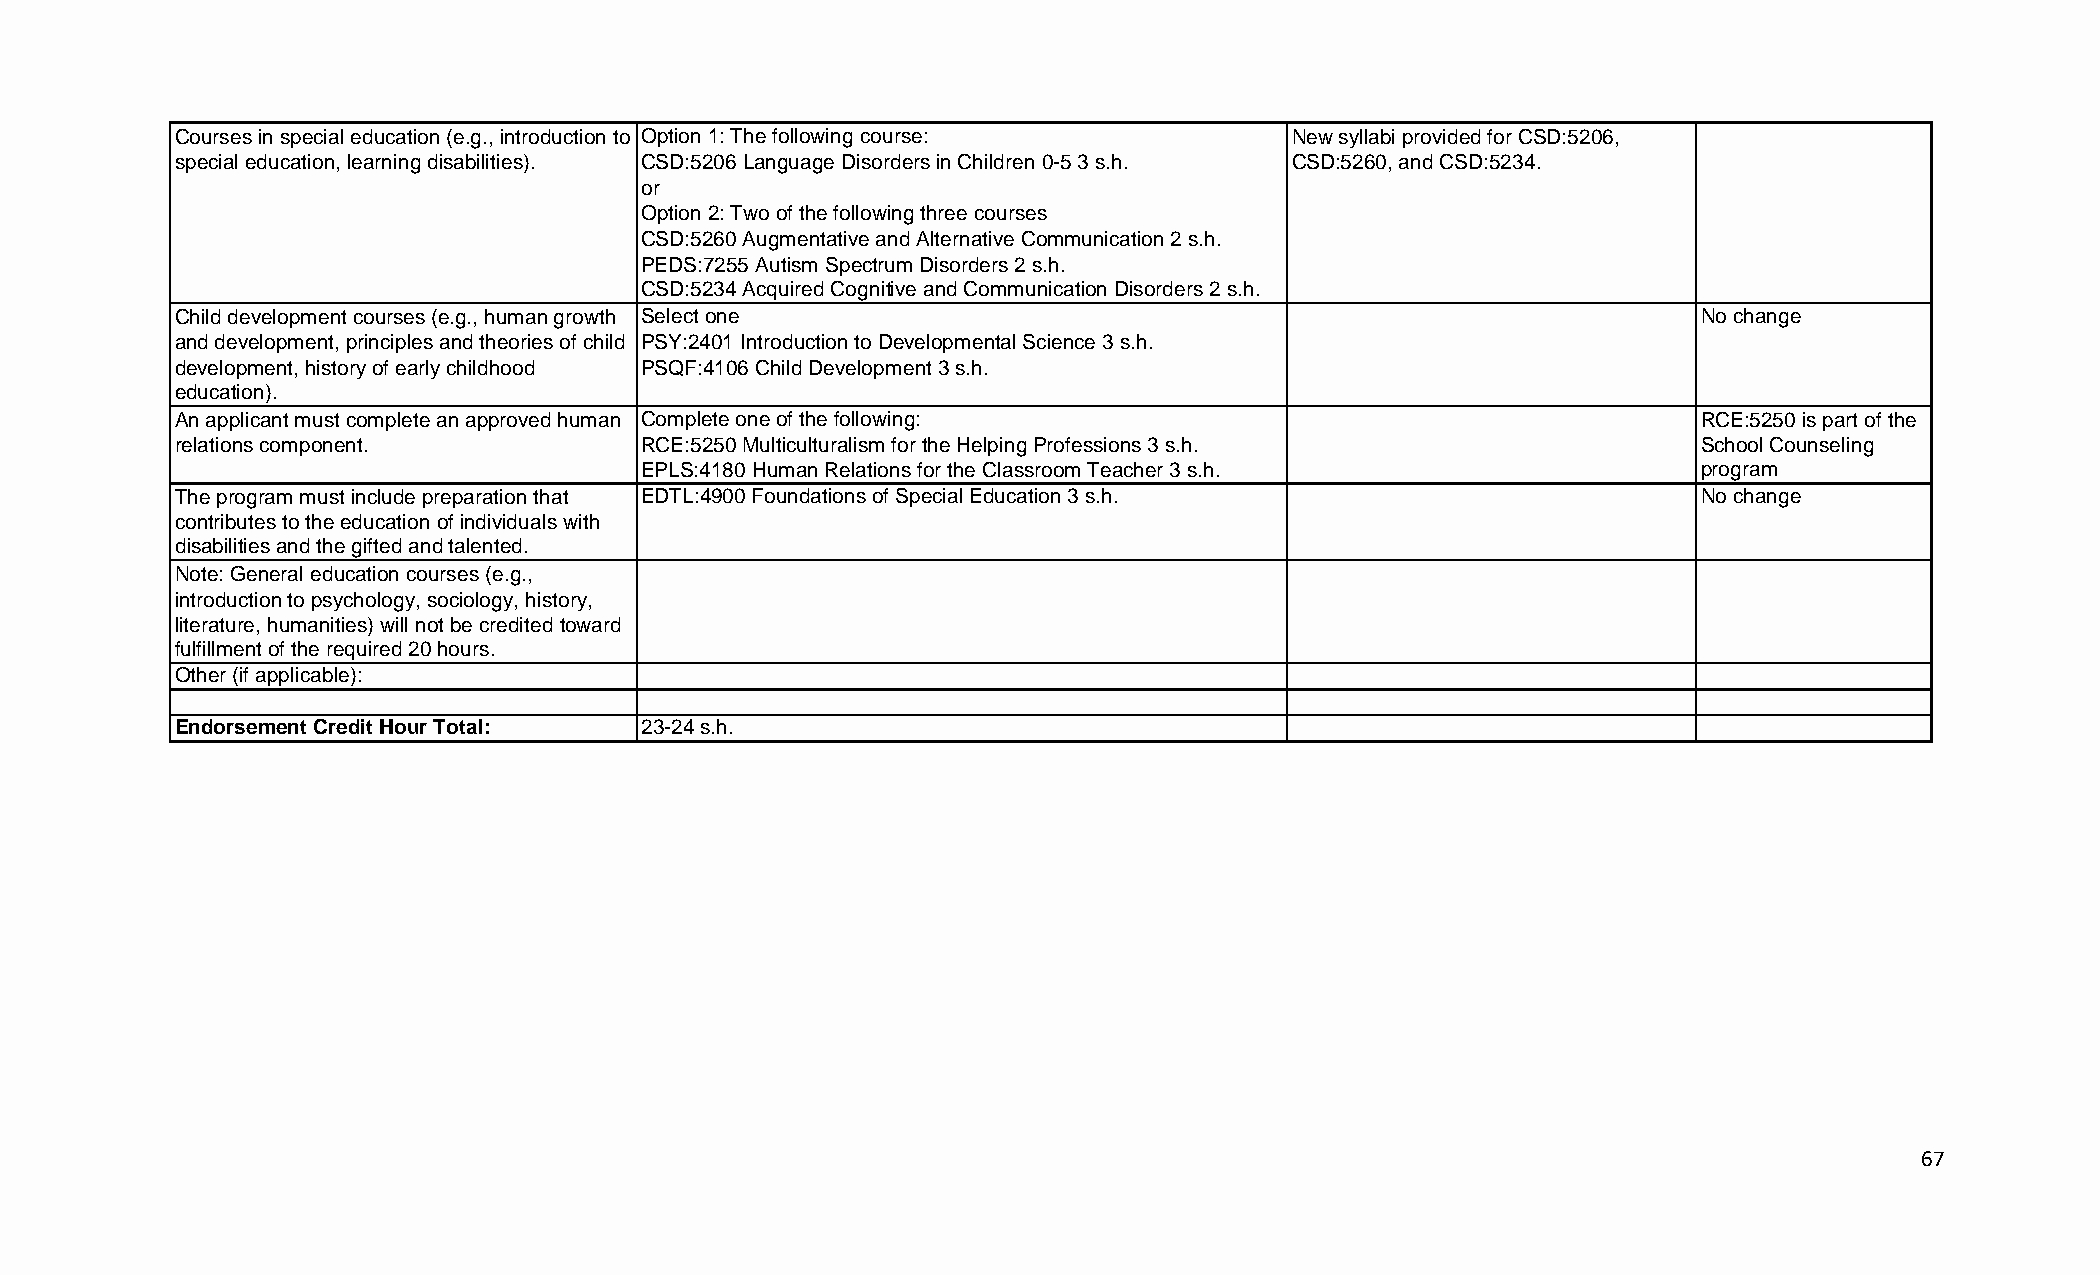
Courses in special education (e.g., introduction to Option 1: The following course: New syllabi provided for CSD:5206,
 special education, learning disabilities). CSD:5206 Language Disorders in Children 0-5 3 s.h. CSD:5260, and CSD:5234.
 or
 Option 2: Two of the following three courses
 CSD:5260 Augmentative and Alternative Communication 2 s.h.
 PEDS:7255 Autism Spectrum Disorders 2 s.h.
 CSD:5234 Acquired Cognitive and Communication Disorders 2 s.h.
 Child development courses (e.g., human growth Select one                                             No change
 and development, principles and theories of child PSY:2401 Introduction to Developmental Science 3 s.h.
 development, history of early childhood PSQF:4106 Child Development 3 s.h.
 education).
 An applicant must complete an approved human Complete one of the following:                          RCE:5250 is part of the
 relations component.          RCE:5250 Multiculturalism for the Helping Professions 3 s.h.           School Counseling
 EPLS:4180 Human Relations for the Classroom Teacher 3 s.h.             program
 The program must include preparation that EDTL:4900 Foundations of Special Education 3 s.h.          No change
 contributes to the education of individuals with
 disabilities and the gifted and talented.
 Note: General education courses (e.g.,
 introduction to psychology, sociology, history,
 literature, humanities) will not be credited toward
 fulfillment of the required 20 hours.
 Other (if applicable):
 Endorsement Credit Hour Total: 23-24 s.h.
 67